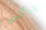
باكس